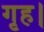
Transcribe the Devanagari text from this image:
गृह।